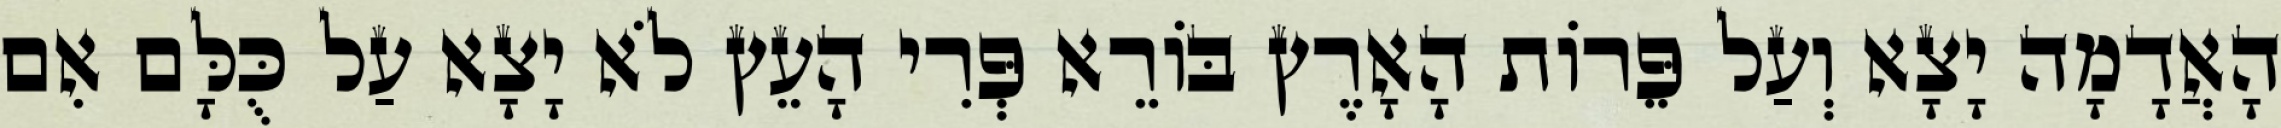
הָאֲדָמָה יָצָא וְעַל פֵּרוֹת הָאָרֶץ בּוֹרֵא פְּרִי הָעֵץ לֹא יָצָא עַל כֻּלָּם אִם